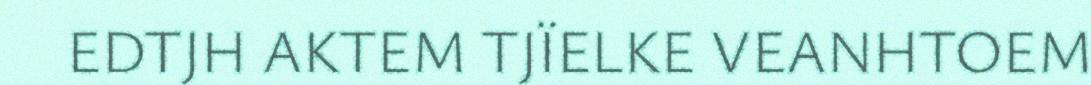
EDTJH AKTEM TJÏELKE VEANHTOEM